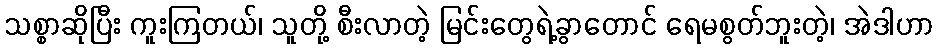
သစ္စာဆိုပြီး ကူးကြတယ်၊ သူတို့ စီးလာတဲ့ မြင်းတွေရဲ့ခွာတောင် ရေမစွတ်ဘူးတဲ့၊ အဲဒါဟာ